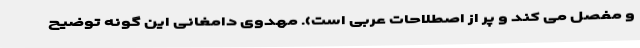
و مفصل می کند و پر از اصطلاحات عربی است). مهدوی دامغانی این گونه توضیح